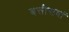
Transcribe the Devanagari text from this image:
बत्तीसवां